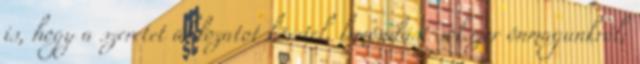
is, hogy a szeretet áldozatot követel, lemondást sokszor önmagunkról;